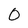
Character: 0